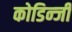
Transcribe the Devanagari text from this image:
कोडिन्जी